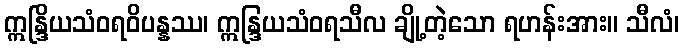
ဣန္ဒြိယသံဝရဝိပန္နဿ၊ ဣန္ဒြယသံဝရသီလ ချို့တဲ့သော ရဟန်းအား။ သီလံ၊